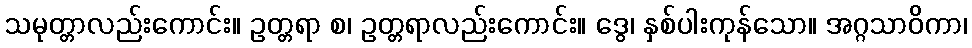
သမုတ္တာလည်းကောင်း။ ဥတ္တရာ စ၊ ဥတ္တရာလည်းကောင်း။ ဒွေ၊ နှစ်ပါးကုန်သော။ အဂ္ဂသာဝိကာ၊